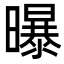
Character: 曝